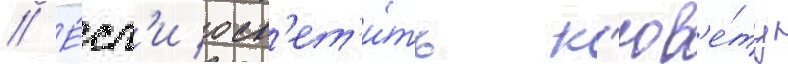
// Е́сл'и осв'ет'и́ть к'юв'е́ту